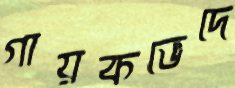
গায়কভেদে